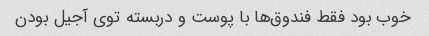
خوب بود فقط فندوق‌ها با پوست و دربسته توی آجیل بودن